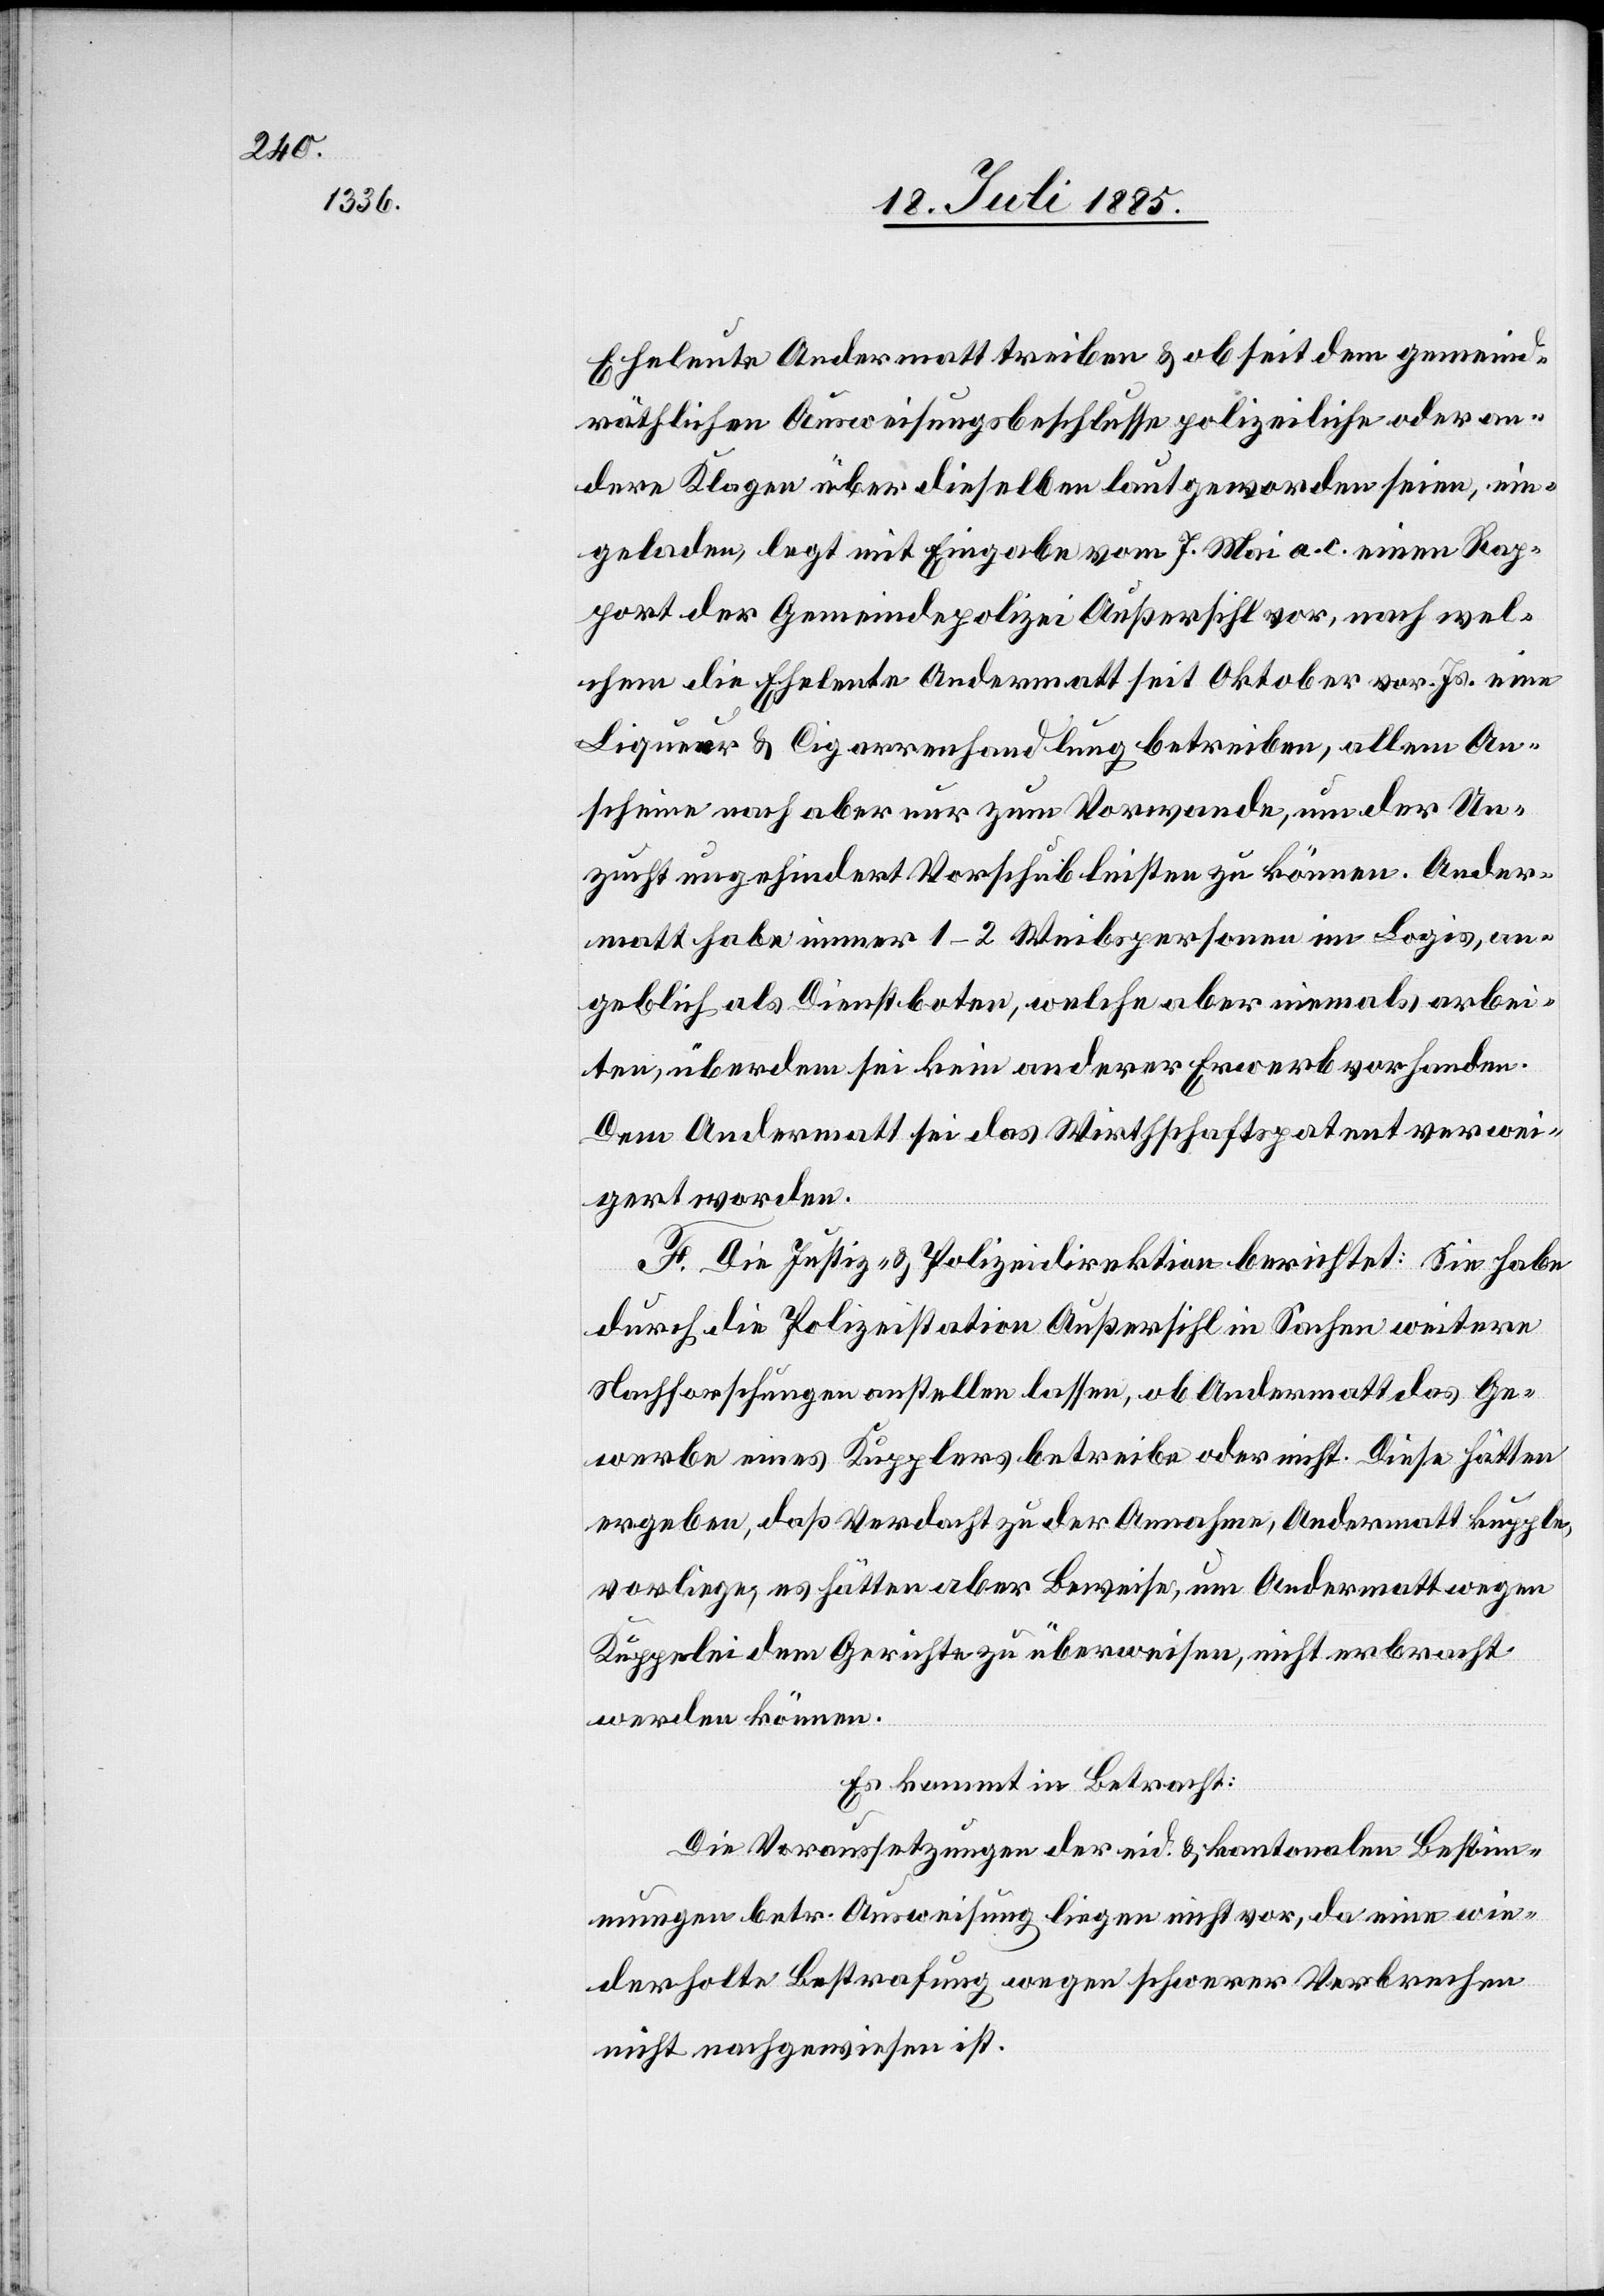
Eheleute Andermatt treiben & ob seit dem gemeind¬
räthlichen Ausweisungsbeschlusse polizeiliche oder an¬
dere Klagen über dieselben lautgeworden seien, ein¬
geladen, legt mit Eingabe vom 7. Mai a. c. einen Rap¬
port der Gemeindepolizei Außersihl vor, nach wel¬
chem die Eheleute Andermatt seit Oktober vor. Js. eine
Liqueur[-] & Cigarrenhandlung betreiben, allem An¬
scheine nach aber nur zum Vorwande, um der Un¬
zucht ungehindert Vorschub leisten zu können. Ander¬
matt habe immer 1–2 Weibspersonen im Logis, an¬
geblich als Dienstboten, welche aber niemals arbei¬
ten, überdem sei kein anderer Erwerb vorhanden.
Dem Andermatt sei das Wirthschaftspatent verwei¬
gert worden.
F. Die Justiz- & Polizeidirektion berichtet: Sie habe
durch die Polizeistation Außersihl in Sachen weitere
Nachforschungen anstellen lassen, ob Andermatt das Ge¬
werbe eines Kupplers betreibe oder nicht. Diese hätten
ergeben, daß Verdacht zu der Annahme, Andermatt kupple,
vorliege, es hätten aber Beweise, um Andermatt wegen
Kuppelei dem Gerichte zu überweisen, nicht erbracht
werden können.
Es kommt in Betracht:
Die Voraussetzungen der eid. & kantonalen Bestim¬
mungen betr. Ausweisung liegen nicht vor, da eine wie¬
derholte Bestrafung wegen schwerer Verbrechen
nicht nachgewiesen ist.